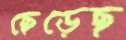
ছেড়েছ